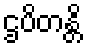
ဌပိတန္တိ